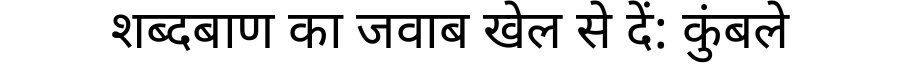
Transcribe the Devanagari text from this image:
शब्दबाण का जवाब खेल से दें: कुंबले